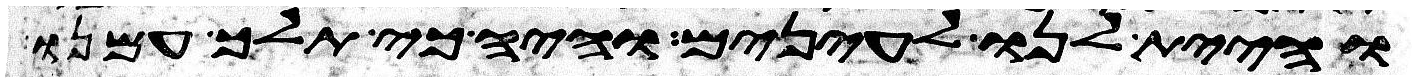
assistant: והיית לנו לעינים והיה כי תלך עמנו